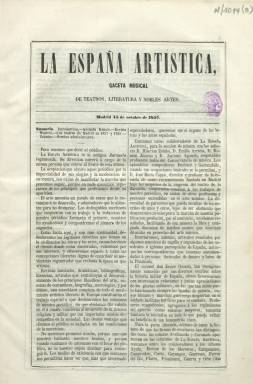
Título: La España artística (Madrid. 1857)
Colección: Música || Cultura
Ámbito geográfico: Madrid
Lugar de publicación: Madrid
Fechas: 15/10/1857-27/09/1858

Periódico subtitulado “gaceta musical, de teatros, literatura y nobles artes”, es continuación del semanario La Zarzuela (1855-1857), que debió tirar un par de números en la segunda quincena de octubre de 1857, para empezar de nuevo su numeración el 2 de noviembre del citado año. De periodicidad semanal, aparece los lunes en números de ocho páginas, publicando por separado retratos de artistas y de escritores contemporáneos. Su editor-propietario es Juan Anchorena.

Contiene artículos científicos sobre música, así como otros de carácter literario y erudito, además de información y crítica teatral y de las obras musicales representadas en los teatros Real, de la Zarzuela y del Príncipe, de Madrid, y de otras capitales españolas y de países europeos. También ofrece información de las compañías y de actores, actrices y cantantes y del Conservatorio de Música y Declamación. Publica, asimismo, biografías.

Entre sus redactores se encuentran Julio Nombela, Eduardo Velaz de Medrano, Niceto Gante, Antonio Codero, Francisco Lozano y Frau, Francisco de Paula Madrazo, R. Barnola, Román Jimeno y Juan Ramón Ygualada, entre otros.